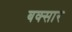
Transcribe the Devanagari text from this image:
बक्सार